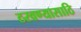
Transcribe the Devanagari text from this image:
ठरवण्यासाठि